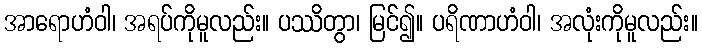
အာရောဟံဝါ၊ အရပ်ကိုမူလည်း။ ပဿိတွာ၊ မြင်၍။ ပရိဏာဟံဝါ၊ အလုံးကိုမူလည်း။